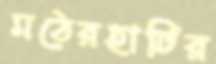
মঠেরহাটির